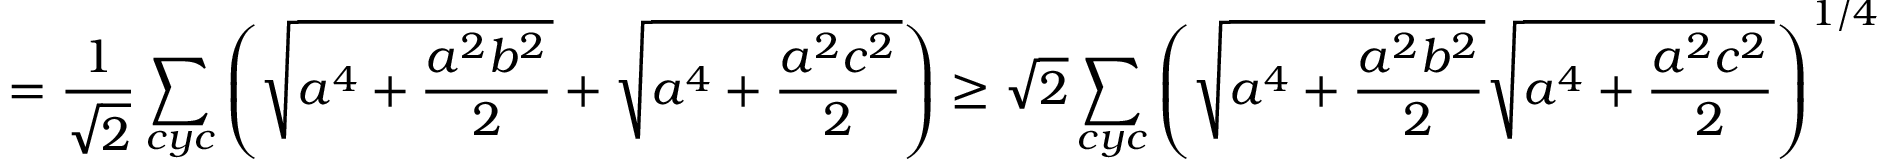
= \frac { 1 } { \sqrt { 2 } } \sum _ { c y c } \left( \sqrt { a ^ { 4 } + \frac { a ^ { 2 } b ^ { 2 } } { 2 } } + \sqrt { a ^ { 4 } + \frac { a ^ { 2 } c ^ { 2 } } { 2 } } \right) \ge \sqrt { 2 } \sum _ { c y c } \left( \sqrt { a ^ { 4 } + \frac { a ^ { 2 } b ^ { 2 } } { 2 } } \sqrt { a ^ { 4 } + \frac { a ^ { 2 } c ^ { 2 } } { 2 } } \right) ^ { 1 / 4 }